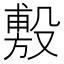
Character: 𪵐